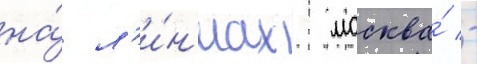
на́ л'и́н'иах москва́ -